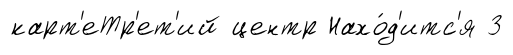
карт'еТр'ет'ий центр Нахо́д'итс'я 3